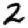
Digit: 2